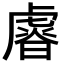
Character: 𧇪